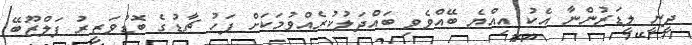
ދީނީ ލީޑަރުންނާ އެކު އިއްޔެ ބޭއްވެވި ބައްދަލުކުރެއްވުމަކަށް ފަހު ޗާޑުގެ ބޮޑުވަޒީރު ޕަލްޒޫބޭ